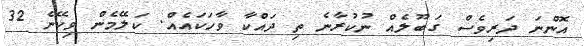
އޮންނަ ދަރިވެސް ގަބޫލެއް ނުކުރާނެ ތި ދައްކާ ވާހަކައެއް. ކަލޭމެން ވިކޭނެ 32